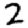
Digit: 2